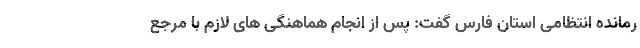
رمانده انتظامی استان فارس گفت: پس از انجام هماهنگی های لازم با مرجع